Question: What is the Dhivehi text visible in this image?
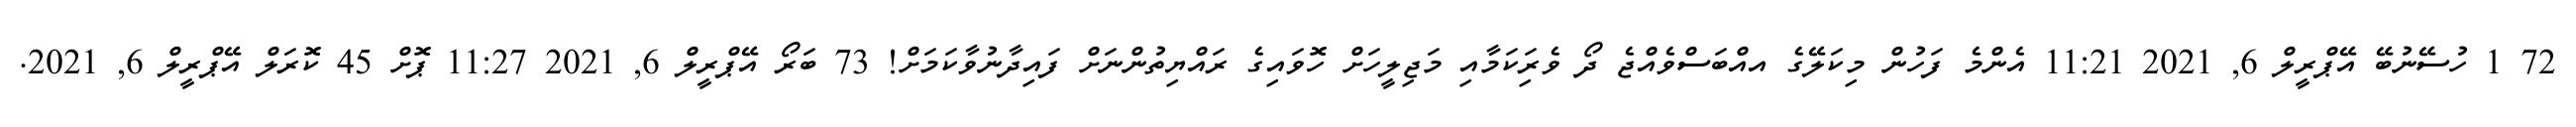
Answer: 72 1 ހުސޭނުބޭ އޭޕްރީލް 6, 2021 11:21 އެންމެ ފަހުން މިކަލޭގެ އއްބަސްވެއްޖެ ދޯ ވެރިަކަމާއި މަޖިލީހަށް ހޮވައިގެ ރައްޔިތުންނަށް ފައިދާނުވާކަމަށް! 73 ބަރޯ އޭޕްރީލް 6, 2021 11:27 ޕޮށް 45 ކޮރަލް އޭޕްރީލް 6, 2021.